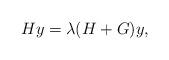
LaTeX: \begin{align*} H y = \lambda (H+G) y ,\end{align*}